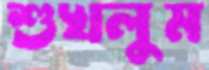
শুখলুম